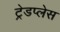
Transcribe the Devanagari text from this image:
ट्रेडप्लेस